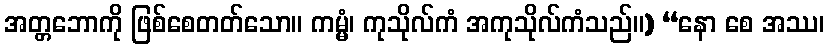
အတ္တဘောကို ဖြစ်စေတတ်သော။ ကမ္မံ၊ ကုသိုလ်ကံ အကုသိုလ်ကံသည်။) “နော စေ အဿ၊